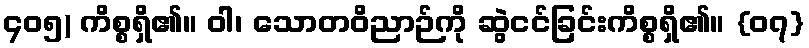
၄၀၅) ကိစ္စရှိ၏။ ဝါ၊ သောတဝိညာဉ်ကို ဆွဲငင်ခြင်းကိစ္စရှိ၏။ {၀၇}